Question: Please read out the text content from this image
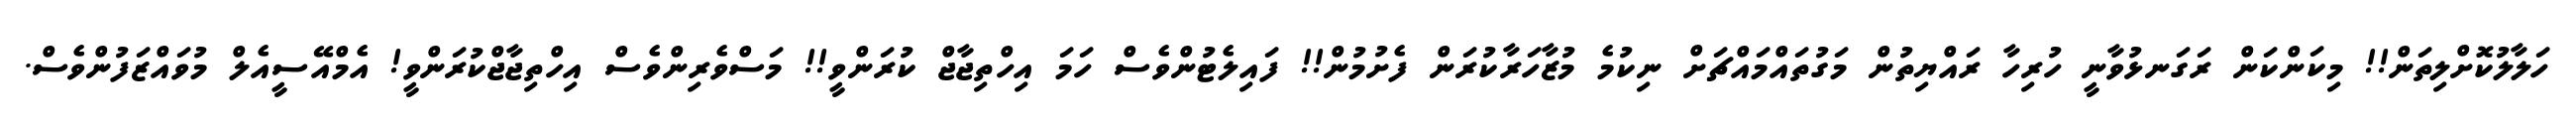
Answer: ހަލާލުކޮށްލިތަން!! މިކަންކަން ރަގަނޅުވާނީ ހުރިހާ ރައްޔިތުން މަގުތައްމައްޗަށް ނިކުމެ މުޒާހަރާކުރަން ފެށުމުން!! ފައިލެޓުންވެސް ހަމަ އިހްތިޖާޖް ކުރަންވީ!! މަސްވެރިންވެސް އިހްތިޖާޖްކުރަންވީ! އެމްއޭސީއެލް މުވައްޒަފުންވެސް.